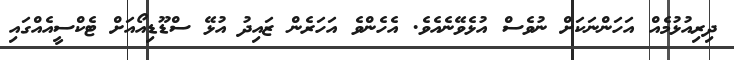
ދިރިއުޅުމެއް އަހަންނަކަށް ނުވެސް އުޅެވޭނެއެވެ. އެހެންވެ އަހަރެން ޒައިދު އުޅޭ ސްޑޫޑިއޯއަށް ޓެކްސީއެއްގައި